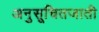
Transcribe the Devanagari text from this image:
अनुसूचितजाती